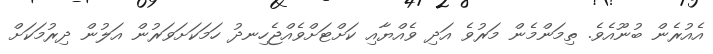
އެއުރެން ބުނޫއެވެ. ތިމަންމެން މަރުވެ އަދި ވެއްޔާއި ކަށްޓަށްވެއްޖެހިނދު ހަމަކަށަވަރުން އަލުން ދިރުމަކަށް